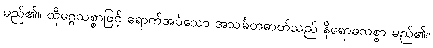
မည်၏။ ထိုမဂ္ဂသစ္စာဖြင့် ရောက်အပ်သော အသင်္ခတဓာတ်သည် နိရောဓသစ္စာ မည်၏။